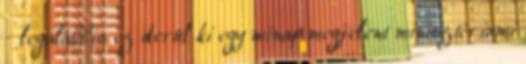
- legalábbis ez derül ki egy minap megjelent minisztériumi